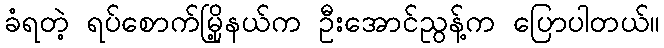
ခံရတဲ့ ရပ်စောက်မြို့နယ်က ဦးအောင်ညွန့်က ပြောပါတယ်။